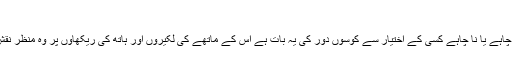
عبداللہ خاں چنگیزی
زندگی کے خشک صحراؤں کے جلتے ہوئے ریت پر سب کو ہی چلنا پڑتا ہے کوئی چاہے یا نا چاہے کسی کے اختیار سے کوسوں دور کی یہ بات ہے اُس کے ماتھے کی لکیروں اور ہاتھ کی ریکھاوں پر وہ منظر نقش کردیے گئے ہیں جو اُس کی زندگی میں نظروں کے سامنے گزرنے والے ہونگے۔